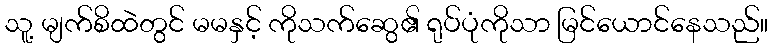
သူ့ မျက်စိထဲတွင် မမနှင့် ကိုသက်ဆွေ၏ ရုပ်ပုံကိုသာ မြင်ယောင်နေသည်။